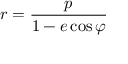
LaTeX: r = { \frac { p } { 1 - e \cos \varphi } }